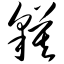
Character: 貘